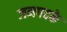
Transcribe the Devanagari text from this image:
जनपदके